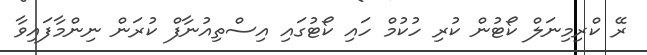
ރޭ ކްރިމިނަލް ކޯޓުން ކުރި ހުކުމް ހައި ކޯޓުގައި އިސްތިއުނާފް ކުރަން ނިންމާފައިވާ